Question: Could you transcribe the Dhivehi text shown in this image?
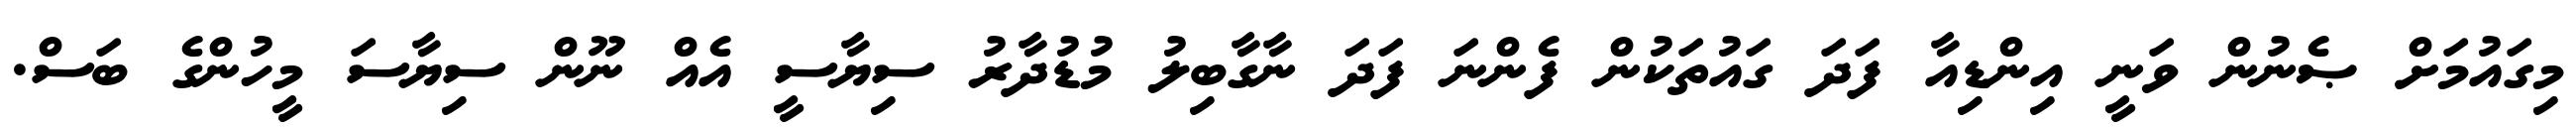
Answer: މިގައުމަށް ޞެނުން ވަނީ އިންޑިއާ ފަދަ ގައުތަކުން ފެންނަ ފަދަ ނާގާބިލު މުޑުދާރު ސިޔާސީ އެއް ނޫން ސިޔާސަ މީހުންގެ ބަސް.